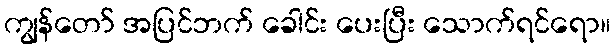
ကျွန်တော် အပြင်ဘက် ခေါင်း ပေးပြီး သောက်ရင်ရော။